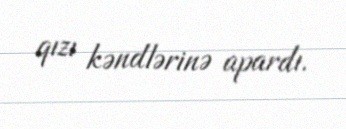
qızı kəndlərinə apardı.